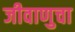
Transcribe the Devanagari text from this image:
जीवाणुचा